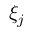
\xi _ { j }